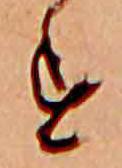
す